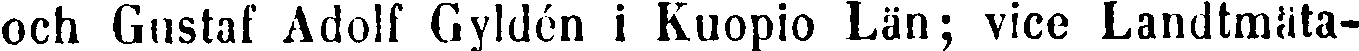
och Gustaf Adolf Gyldén i Kuopio Län; vice Landtmäta-